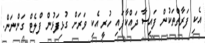
އެކި ފަރާތްތަކުން ފައިސާ ދައްކާފައި ހުރީ އެކި ވަރަށް ގުޅިފަޅުން ފްލެޓް ގަންނަން.